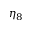
\eta _ { 8 }